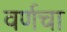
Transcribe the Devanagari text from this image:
वर्णचा